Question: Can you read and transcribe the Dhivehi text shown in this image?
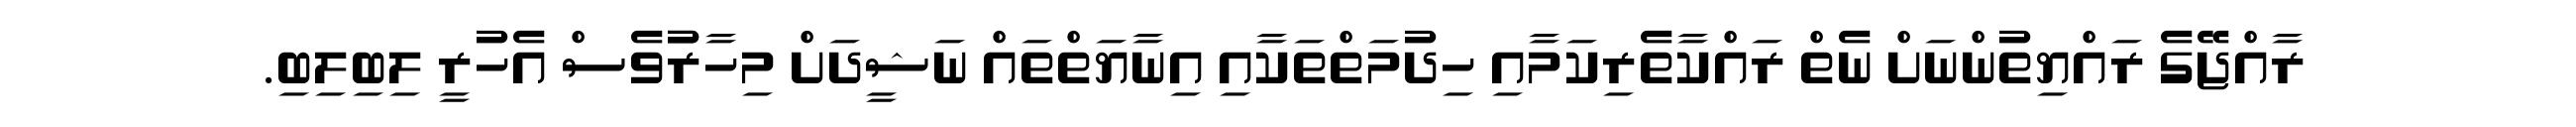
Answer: ރާއްޖޭގެ ރައްޔިތުންނަށް ނެތް ރައްކާތެރިކަމާއި ހިދުމަތްތަކާއި އިނާޔަތްތައް ނަޝީދަށް މިހާރުުވެސް އެހުރީ ލިބިލިބި.